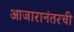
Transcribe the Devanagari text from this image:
आजारानंतरची